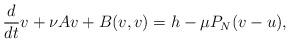
LaTeX: \begin{align*} \frac{d}{dt}v+\nu Av+B(v,v)=h-\mu P_N(v-u), \end{align*}